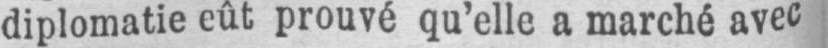
diplomatie eût prouvé qu’elle a marché avec